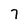
Character: 7